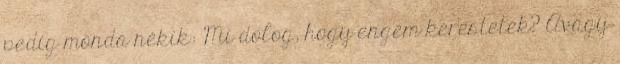
pedig monda nékik: Mi dolog, hogy engem kerestetek? Avagy